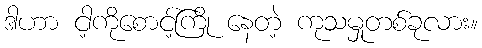
ဒါဟာ ငါ့ကိုစောင့်ကြို နေတဲ့ ကုသမှုတစ်ခုလား။